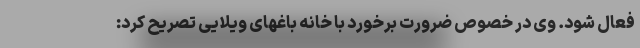
فعال شود. وی در خصوص ضرورت برخورد با خانه باغهای ویلایی تصریح کرد: